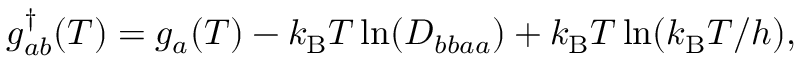
g _ { a b } ^ { \dagger } ( T ) = g _ { a } ( T ) - k _ { \mathrm { B } } T \ln ( D _ { b b a a } ) + k _ { \mathrm { B } } T \ln ( k _ { \mathrm { B } } T / h ) ,